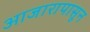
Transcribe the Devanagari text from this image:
आजारापासून